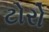
ટોરો